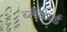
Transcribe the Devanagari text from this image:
ब्लैंकार्ड